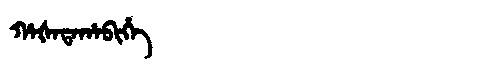
Manchu: ᡥᠠᡧᠠᡨᠠᡥᠠᠪᡳᡥᡝ
Romanization: HAŠATAHABIHE